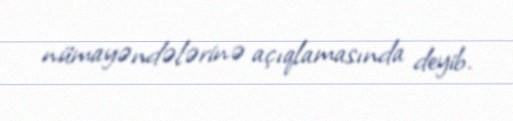
nümayəndələrinə açıqlamasında deyib.